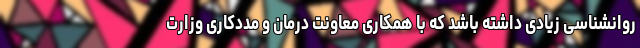
روانشناسی زیادی داشته باشد که با همکاری معاونت درمان و مددکاری وزارت